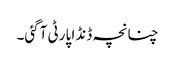
چنانچہ ڈنڈا پارٹی آگئی۔